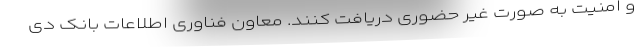
و امنیت به صورت غیر حضوری دریافت کنند. معاون فناوری اطلاعات بانک دی